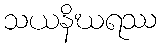
သယနိဃရဿ